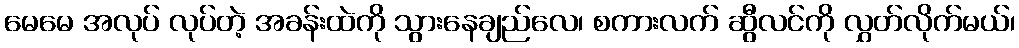
မေမေ အလုပ် လုပ်တဲ့ အခန်းထဲကို သွားနေချည်လေ၊ စကားလက် ဆွီလင်ကို လွှတ်လိုက်မယ်၊